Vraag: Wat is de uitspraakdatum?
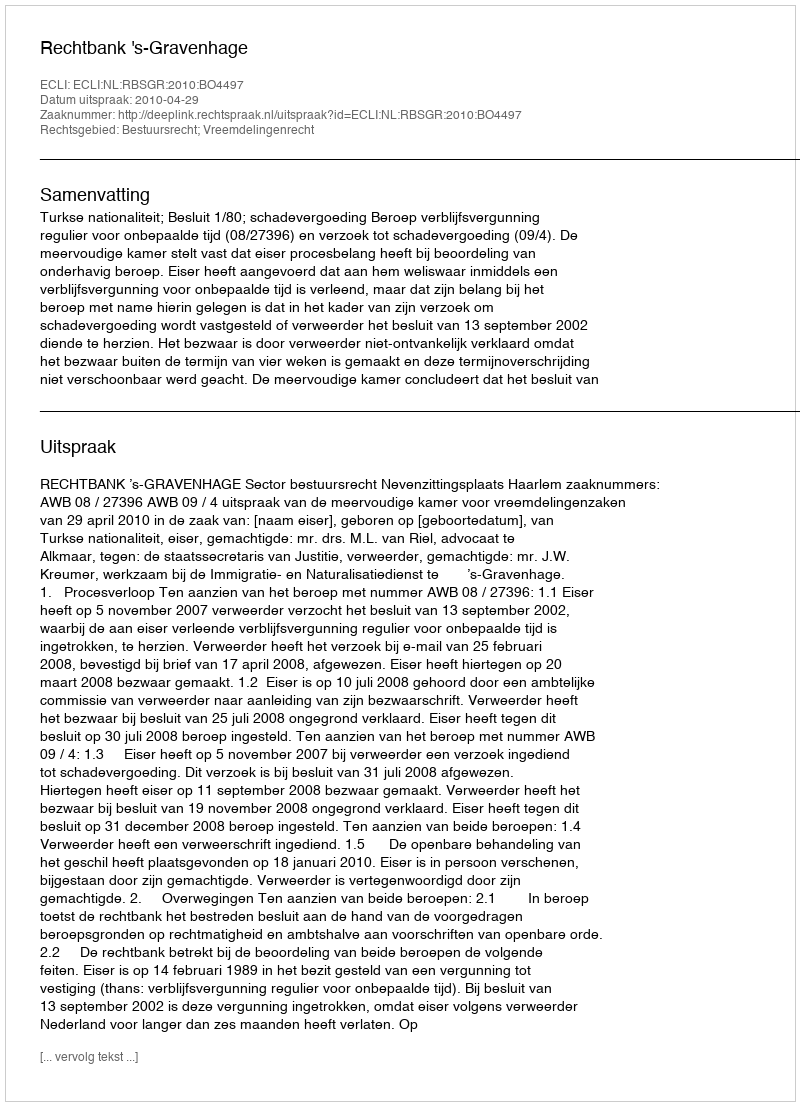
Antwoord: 2010-04-29